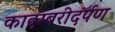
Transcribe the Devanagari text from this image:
कादम्बरीदर्पण